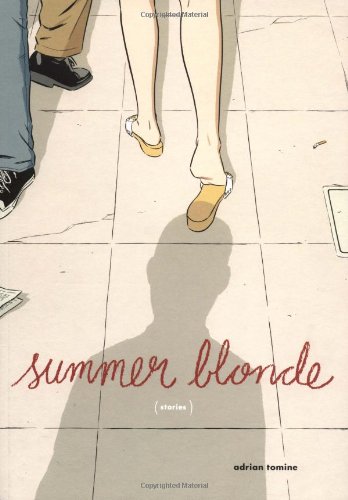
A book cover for Summer Blonde; Adrian Tomine; Comics & Graphic Novels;